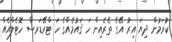
ކުރަމުން ދިޔަ އިރު އޭގެ ތެރެއިން ހަ ޤައުމެއްގެ ހަ ޓްރޭޑަރސް ހޮޓެލްއެއް